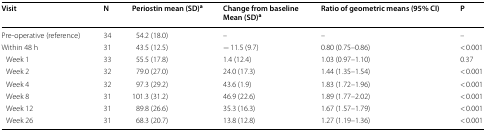
<table><thead><tr><td><b>Visit</b></td><td><b>N</b></td><td><b>Periostin mean (SD)<sup>a</sup></b></td><td><b>Change from baselineMean (SD)<sup>a</sup></b></td><td><b>Ratio of geometric means (95% CI)</b></td><td><b>P</b></td></tr></thead><tbody><tr><td>Pre-operative (reference)</td><td>34</td><td>54.2 (18.0)</td><td>–</td><td>–</td><td>–</td></tr><tr><td>Within 48 h</td><td>31</td><td>43.5 (12.5)</td><td>− 11.5 (9.7)</td><td>0.80 (0.75–0.86)</td><td>&lt; 0.001</td></tr><tr><td> Week 1</td><td>33</td><td>55.5 (17.8)</td><td>1.4 (12.4)</td><td>1.03 (0.97–1.10)</td><td>0.37</td></tr><tr><td> Week 2</td><td>32</td><td>79.0 (27.0)</td><td>24.0 (17.3)</td><td>1.44 (1.35–1.54)</td><td>&lt; 0.001</td></tr><tr><td> Week 4</td><td>32</td><td>97.3 (29.2)</td><td>43.6 (1.9)</td><td>1.83 (1.72–1.96)</td><td>&lt; 0.001</td></tr><tr><td> Week 8</td><td>31</td><td>101.3 (31.2)</td><td>46.9 (22.6)</td><td>1.89 (1.77–2.02)</td><td>&lt; 0.001</td></tr><tr><td> Week 12</td><td>31</td><td>89.8 (26.6)</td><td>35.3 (16.3)</td><td>1.67 (1.57–1.79)</td><td>&lt; 0.001</td></tr><tr><td> Week 26</td><td>31</td><td>68.3 (20.7)</td><td>13.8 (12.8)</td><td>1.27 (1.19–1.36)</td><td>&lt; 0.001</td></tr></tbody></table>